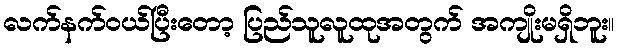
လက်နက်ဝယ်ပြီးတော့ ပြည်သူလူထုအတွက် အကျိုးမရှိဘူး။